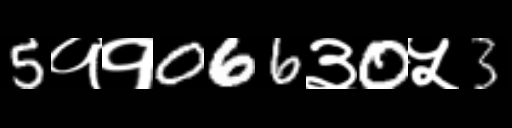
Text: 5११066३0५3